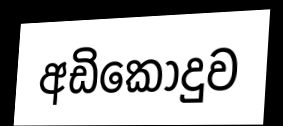
අඩිකෝදුව